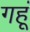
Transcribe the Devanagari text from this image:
गहूं